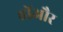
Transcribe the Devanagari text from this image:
होंऔर